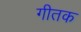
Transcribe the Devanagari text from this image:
गीतक